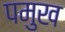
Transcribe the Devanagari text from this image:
पमुख